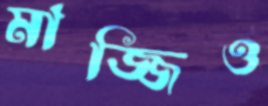
মাজ্জিও